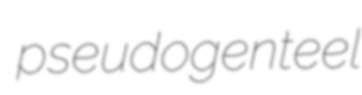
pseudogenteel